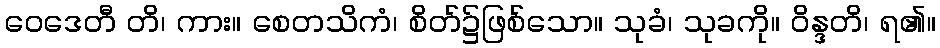
ဝေဒေတီ တိ၊ ကား။ စေတသိကံ၊ စိတ်၌ဖြစ်သော။ သုခံ၊ သုခကို။ ဝိန္ဒတိ၊ ရ၏။